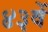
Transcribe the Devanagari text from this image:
४३वें